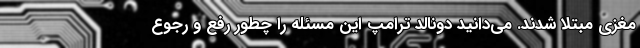
مغزی مبتلا شدند. می‌دانید دونالد ترامپ این مسئله را چطور رفع و رجوع